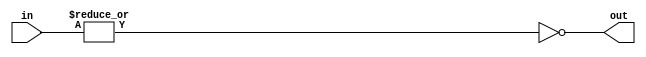
`timescale 1ns / 1ps

module NOR(in, out );
parameter Data_width=4;

input [Data_width-1:0] in;
output reg out; 

//initial begin
//assign out=~|in; //out=(in[0] NOR in[1] NOR in[2] NOR ... in[Data_width-1])
always@(in)
begin
out=~|in;
end
endmodule